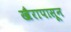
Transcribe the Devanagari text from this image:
खैरापासून